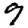
Digit: 9